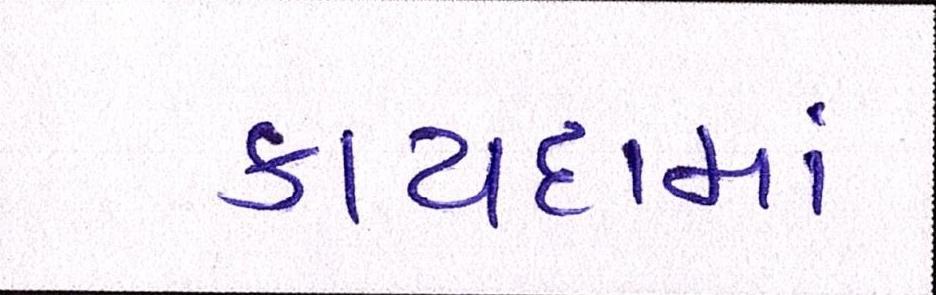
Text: કાયદામાં